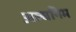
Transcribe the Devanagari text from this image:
अल्घनिम